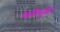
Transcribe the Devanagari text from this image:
यादीसुध्दा